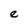
Character: e